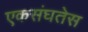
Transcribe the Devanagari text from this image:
एकसंघतेस